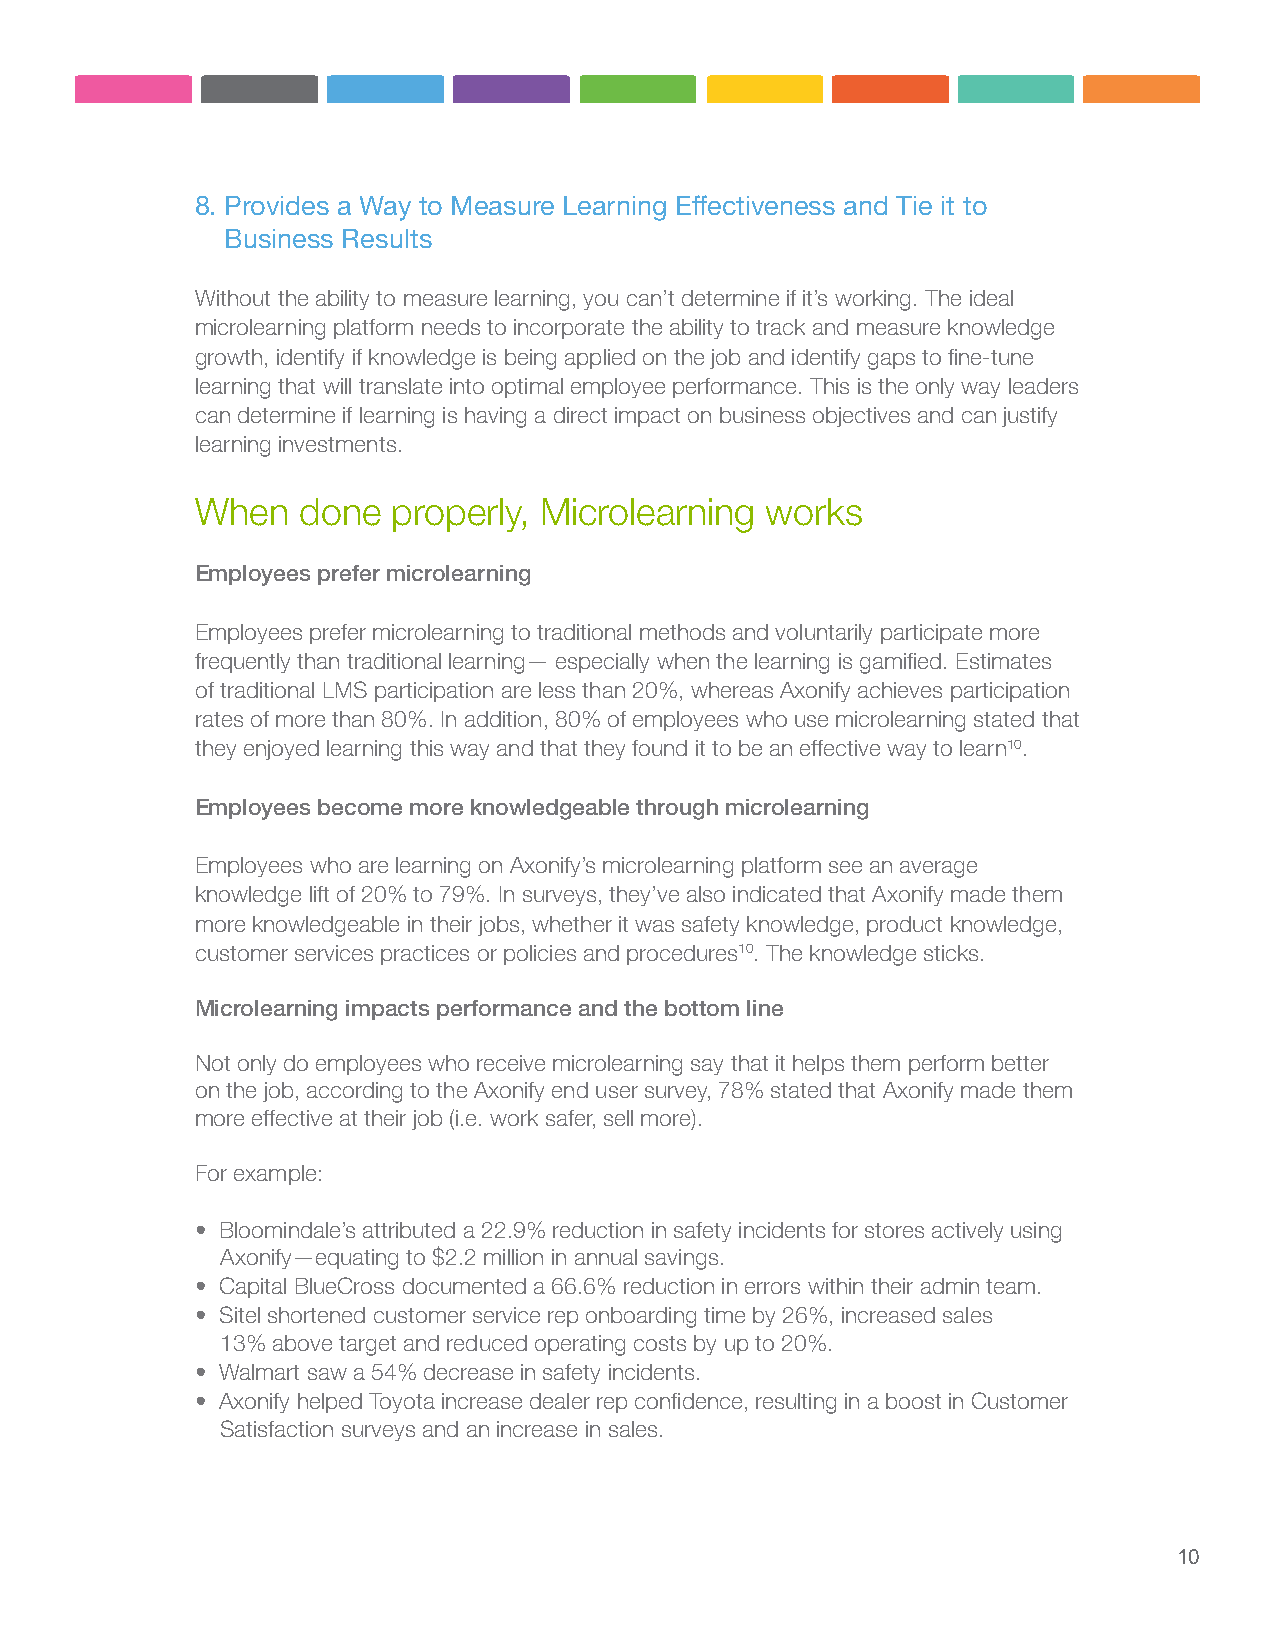
8. Provides a Way to Measure Learning Effectiveness and Tie it to
 Business Results
 Without the ability to measure learning, you can’t determine if it’s working. The ideal
 microlearning platform needs to incorporate the ability to track and measure knowledge
 growth, identify if knowledge is being applied on the job and identify gaps to fine-tune
 learning that will translate into optimal employee performance. This is the only way leaders
 can determine if learning is having a direct impact on business objectives and can justify
 learning investments.
 When   done  properly, Microlearning  works
 Employees prefer microlearning
 Employees prefer microlearning to traditional methods and voluntarily participate more
 frequently than traditional learning— especially when the learning is gamified. Estimates
 of traditional LMS participation are less than 20%, whereas Axonify achieves participation
 rates of more than 80%. In addition, 80% of employees who use microlearning stated that
 they enjoyed learning this way and that they found it to be an effective way to learn10.
 Employees become more knowledgeable through microlearning
 Employees who are learning on Axonify’s microlearning platform see an average
 knowledge lift of 20% to 79%. In surveys, they’ve also indicated that Axonify made them
 more knowledgeable in their jobs, whether it was safety knowledge, product knowledge,
 customer services practices or policies and procedures10. The knowledge sticks.
 Microlearning impacts performance and the bottom line
 Not only do employees who receive microlearning say that it helps them perform better
 on the job, according to the Axonify end user survey, 78% stated that Axonify made them
 more effective at their job (i.e. work safer, sell more).
 For example:
 • Bloomindale’s attributed a 22.9% reduction in safety incidents for stores actively using
 Axonify—equating to $2.2 million in annual savings.
 • Capital BlueCross documented a 66.6% reduction in errors within their admin team.
 • Sitel shortened customer service rep onboarding time by 26%, increased sales
 13% above target and reduced operating costs by up to 20%.
 • Walmart saw a 54% decrease in safety incidents.
 • Axonify helped Toyota increase dealer rep confidence, resulting in a boost in Customer
 Satisfaction surveys and an increase in sales.
 10